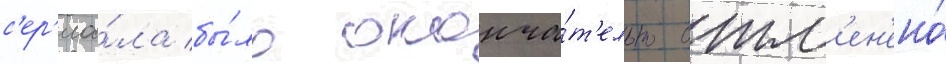
с'ер'иа́ла бы́ло оконча́т'ельно отм'ен'ено́